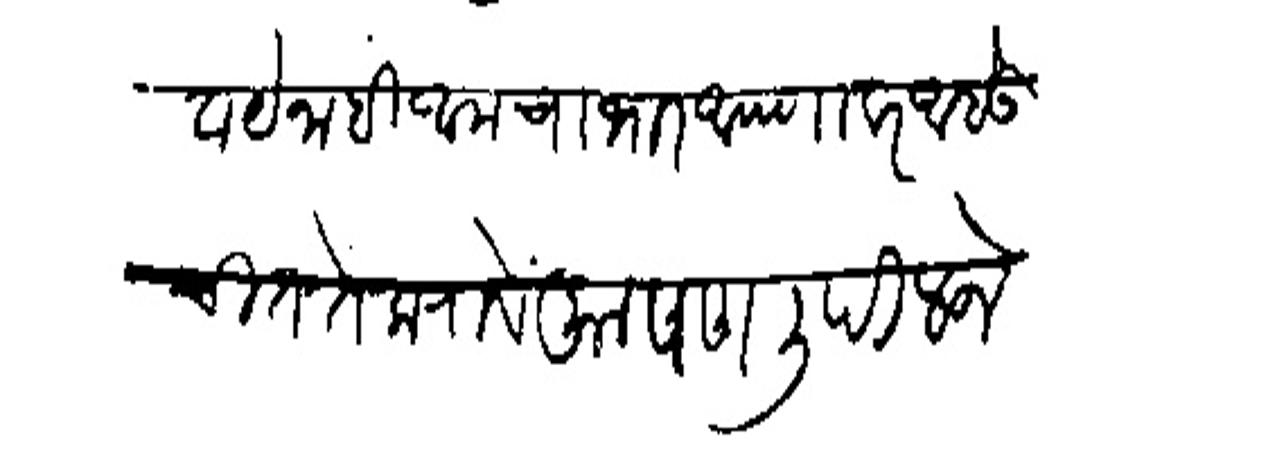
Transliteration (Devanagari): सिवाये नाही आमचा भार आपणावर आहे उचित सें करावें आपण लिहिल जे